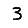
Digit: 3